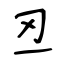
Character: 丒